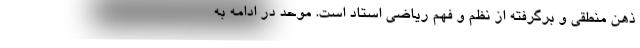
ذهن منطقی و برگرفته از نظم و فهم ریاضی استاد است. موحد در ادامه به